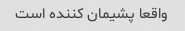
واقعا پشیمان کننده است